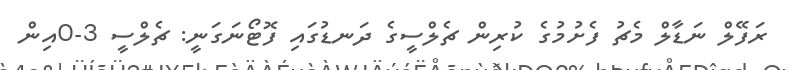
ރަފޭލް ނަޑާލް މެޗު ފެށުމުގެ ކުރިން ޗެލްސީގެ ދަނޑުގައި ފޮޓޯނަގަނީ: ޗެލްސީ 3-0އިން